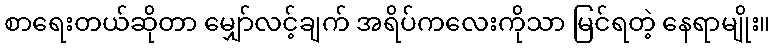
စာရေးတယ်ဆိုတာ မျှော်လင့်ချက် အရိပ်ကလေးကိုသာ မြင်ရတဲ့ နေရာမျိုး။